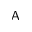
\mathsf { A }